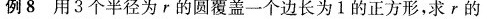
例8用3个半径为r的圆覆盖一个边长为1的正方形，求r的